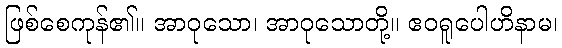
ဖြစ်စေကုန်၏။ အာဝုသော၊ အာဝုသောတို့။ ဧဝရူပေါဟိနာမ၊